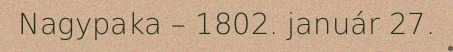
Nagypaka – 1802. január 27.